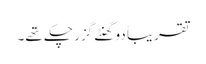
تقریباً دو گھنٹے گزر چکے تھے۔